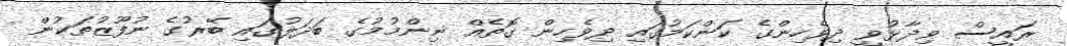
ރައީސް ވިދާޅުވީ ދިވެހިންގެ ކަންކަމުގައި ދިވެހިން ގޮތެއް ނިންމުމުގެ ބަދަލުގައި ބޭރުގެ ނުފޫޒުތަކުން